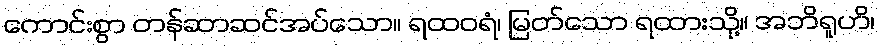
ကောင်းစွာ တန်ဆာဆင်အပ်သော။ ရထဝရံ၊ မြတ်သော ရထားသို့။ အဘိရူဟိ၊